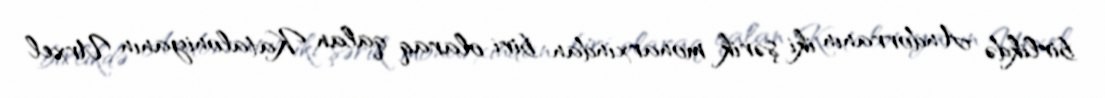
birlikdə Andorranın iki şərik monarxından biri olaraq qalan Kataloniyanın Urxel